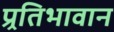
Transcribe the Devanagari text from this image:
प्र्रतिभावान